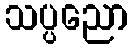
သပ္ပညော